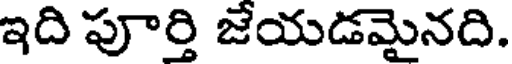
ఇది పూర్తి జేయడమైనది.